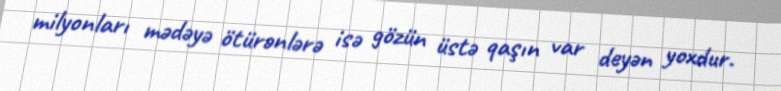
milyonları mədəyə ötürənlərə isə gözün üstə qaşın var deyən yoxdur.